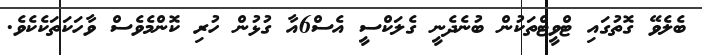
ބެލެވޭ ގޮތުގައި ޓްވީޓްތަކުން ބުނެދެނީ ގެލަކްސީ އެސް6އާ ގުޅުން ހުރި ކޮންމެވެސް ވާހަކަތަކެކެވެ.